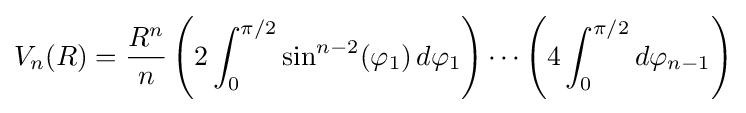
V_{n}(R)={\frac {R^{n}}{n}}\left(2\int _{0}^{\pi /2}\sin ^{n-2}(\varphi _{1})\,d\varphi _{1}\right)\cdots \left(4\int _{0}^{\pi /2}d\varphi _{n-1}\right)